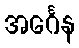
အင်္ဂေန